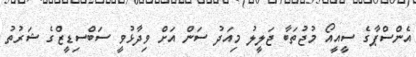
އެންސްޕާގެ ސީއީއޯ މުޖުތަބާ ޖަލީލު މިއަދު ސަން އަށް ވިދާޅުވީ ސަބްސިޑީޒްގެ ޝަރުތު